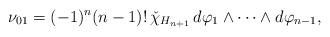
LaTeX: \begin{align*}\nu_{01} = (-1)^n(n-1)!\, \check{\chi}_{H_{{n+1}}}\,d\varphi_1 \wedge \dots \wedge d\varphi_{n-1},\end{align*}